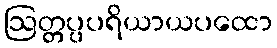
ဩတ္တပ္ပပရိယာယပထော